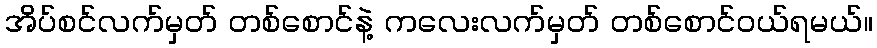
အိပ်စင်လက်မှတ် တစ်စောင်နဲ့ ကလေးလက်မှတ် တစ်စောင်ဝယ်ရမယ်။